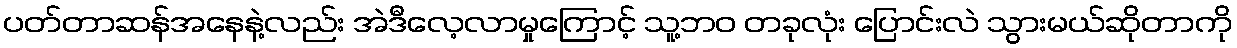
ပတ်တာဆန်အနေနဲ့လည်း အဲဒီလေ့လာမှုကြောင့် သူ့ဘဝ တခုလုံး ပြောင်းလဲ သွားမယ်ဆိုတာကို